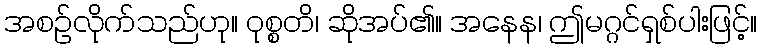
အစဉ်လိုက်သည်ဟု။ ဝုစ္စတိ၊ ဆိုအပ်၏။ အနေန၊ ဤမဂ္ဂင်ရှစ်ပါးဖြင့်။